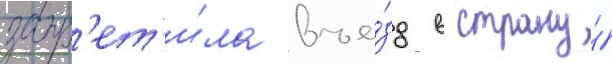
запр'ет'и́ла въе́зд в страну́